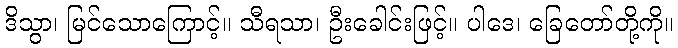
ဒိသွာ၊ မြင်သောကြောင့်။ သီရသာ၊ ဦးခေါင်းဖြင့်။ ပါဒေ၊ ခြေတော်တို့ကို။